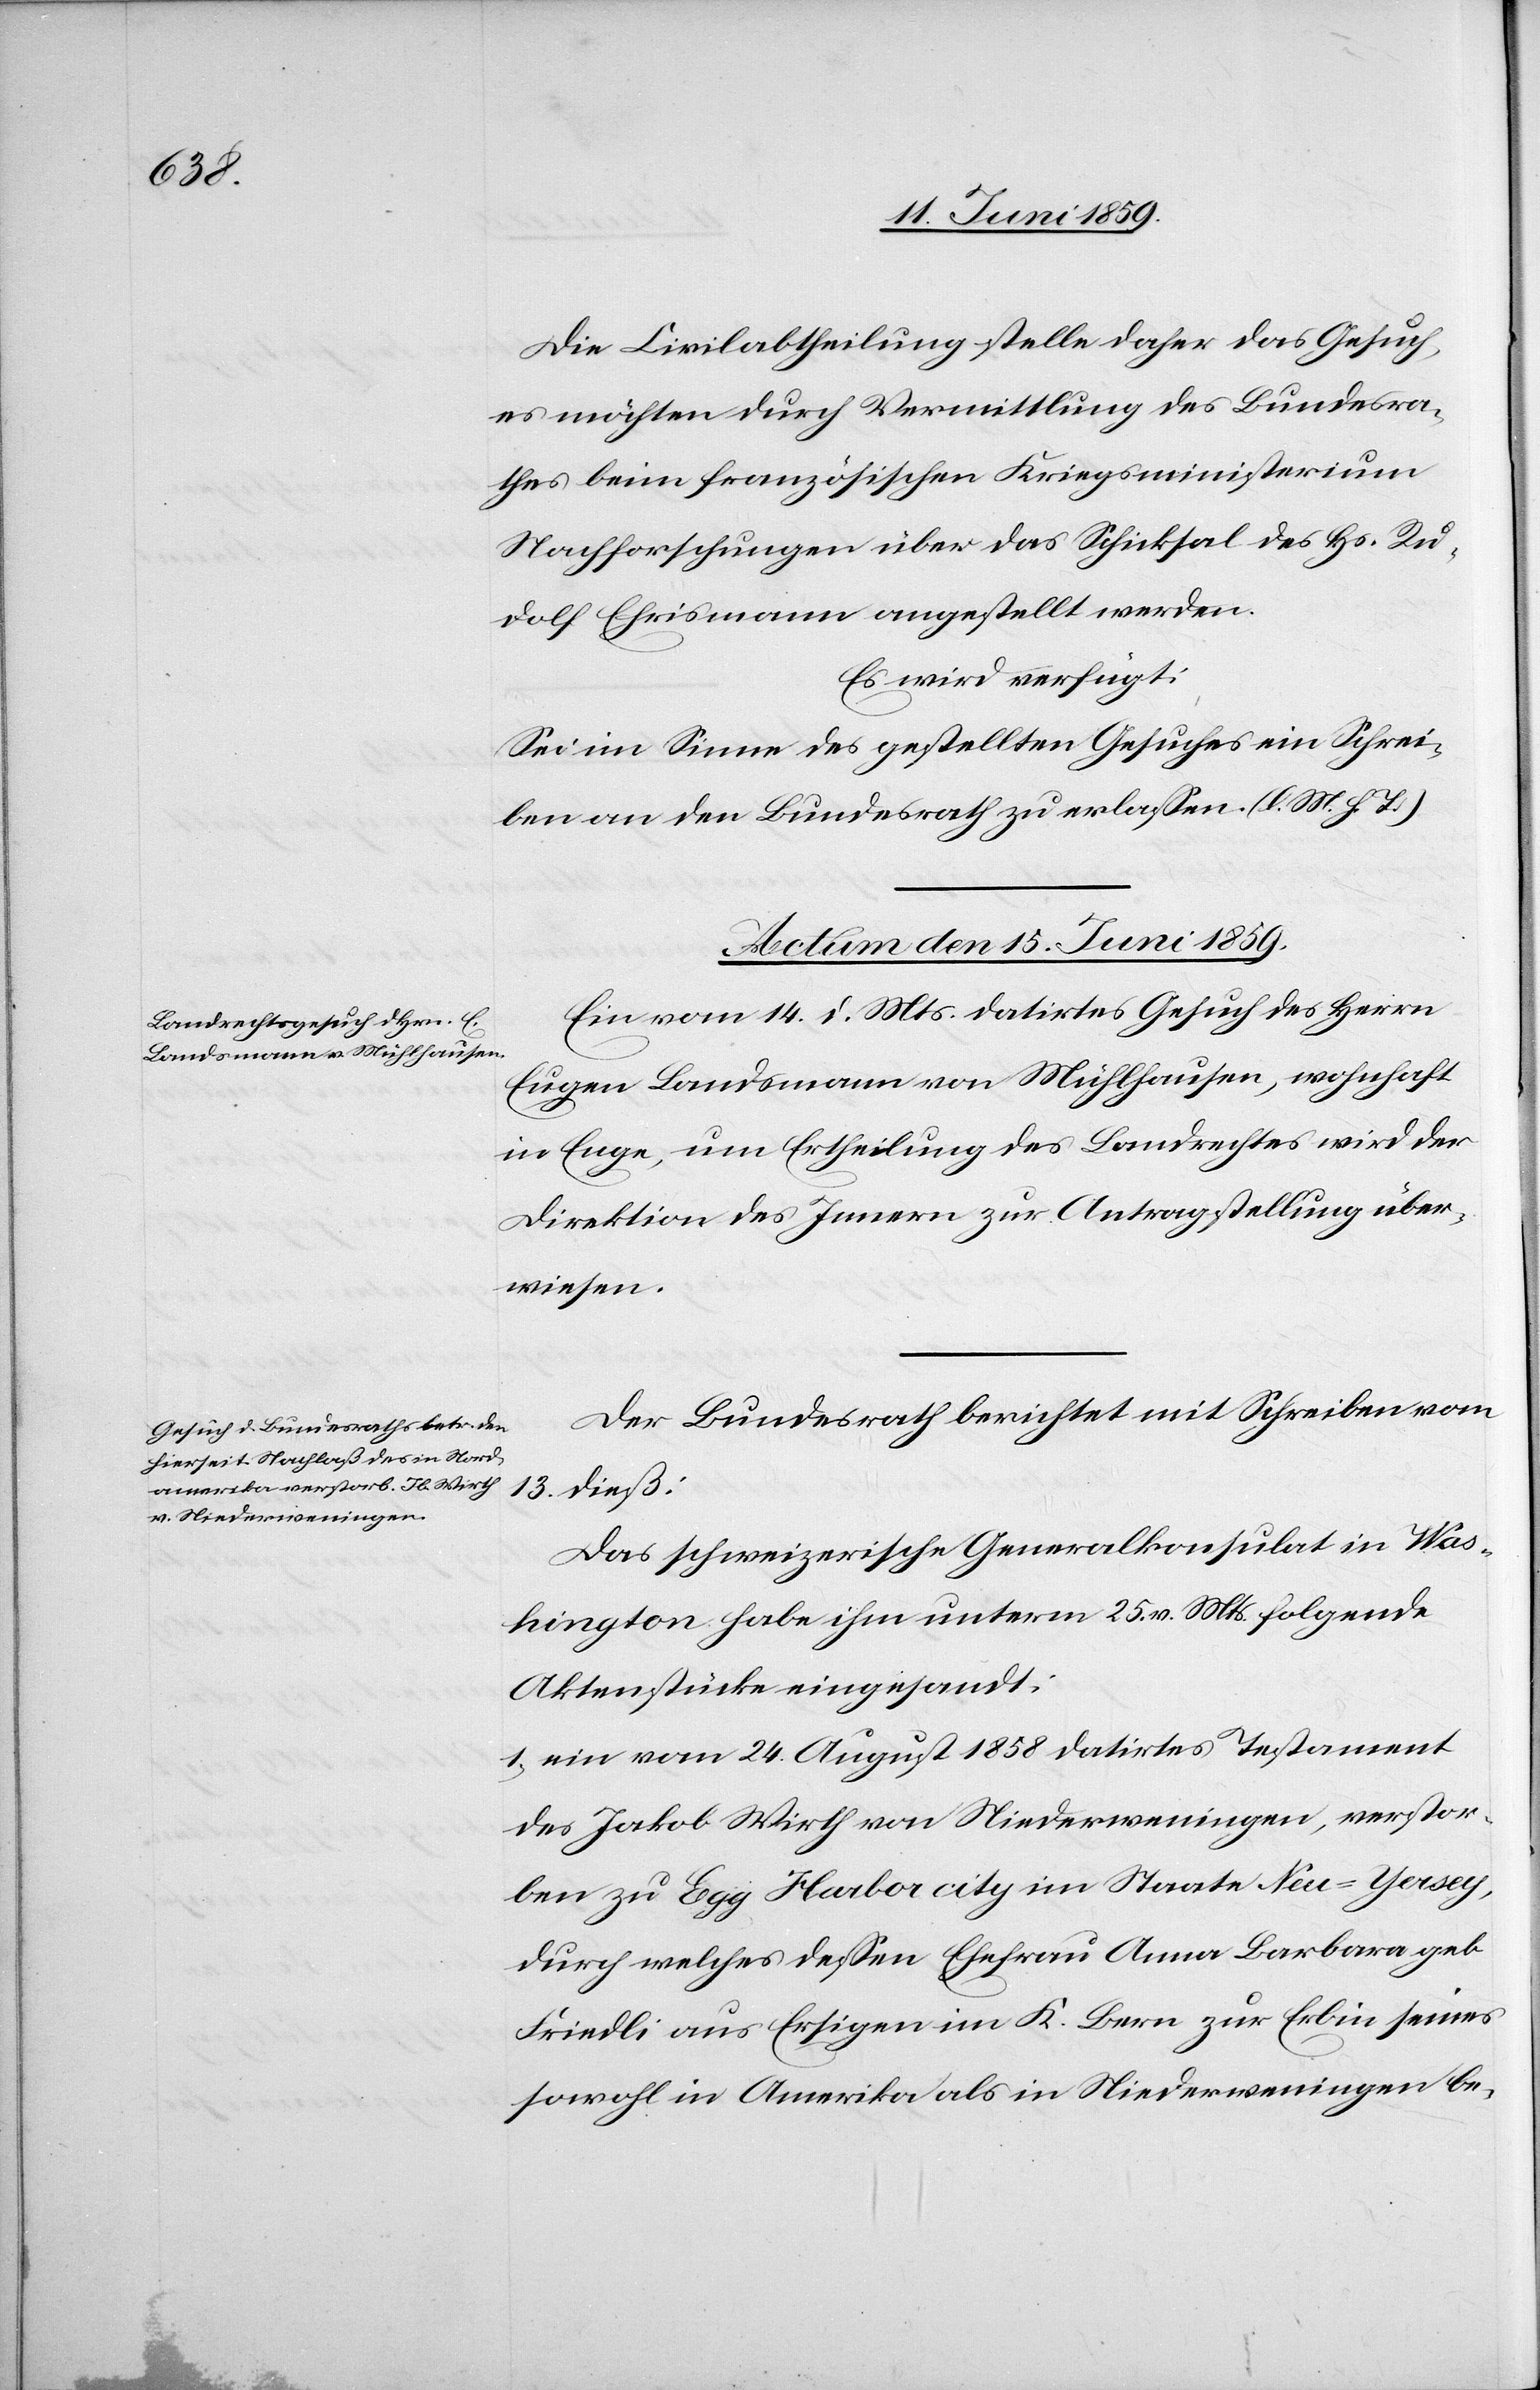
Die Civilabtheilung stelle daher das Gesuch,
es möchten durch Vermittlung des Bundesra¬
thes beim französischen Kriegsministerium
Nachforschungen über das Schicksal des Hs. Ru¬
dolf Ehrismann angestellt werden.
Es wird verfügt:
Sei im Sinne des gestellten Gesuches ein Schrei¬
ben an den Bundesrath zu erlassen. (l. M. h. T.)
Actum den 15. Juni 1859.]
Ein vom 14. d. Mts datirtes Gesuch des Herrn
Eugen Landsmann von Mühlhausen, wohnhaft
in Enge, um Ertheilung des Landrechtes wird der
Direktion des Innern zur Antragstellung über¬
wiesen.
Der Bundesrath berichtet mit Schreiben vom
dieß:
13.
Das schweizerische Generalkonsulat in Was¬
hington habe ihm unterm 25. v. Mts. folgende
Aktenstücke eingesandt:
1) ein vom 24. August 1858 datirtes Testament
des Jakob Wirth von Niederwenigen, verstor¬
ben zu Egg Harbor city im Staate Neu-Yersey,
durch welches dessen Ehefrau Anna Barbara geb
Friedli aus Ersigen im K. Bern zur Erbin seines
sowohl in Amerika als in Niederwenigen be-